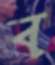
ব